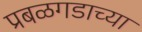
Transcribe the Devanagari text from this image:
प्रबळगडाच्या